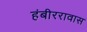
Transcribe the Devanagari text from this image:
हंबीररावास